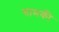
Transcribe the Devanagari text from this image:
चामकी